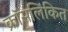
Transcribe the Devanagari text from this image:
क्रॉसलिंकित